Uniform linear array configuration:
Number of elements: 48
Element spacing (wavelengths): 0.5
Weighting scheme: uniform
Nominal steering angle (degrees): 0
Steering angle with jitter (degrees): -0.12
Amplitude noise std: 0.05
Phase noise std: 0.05

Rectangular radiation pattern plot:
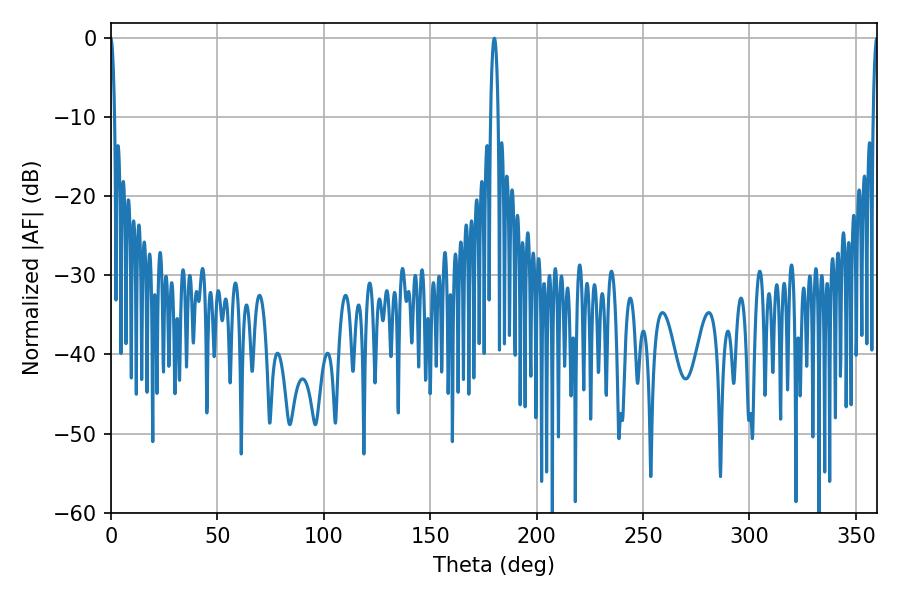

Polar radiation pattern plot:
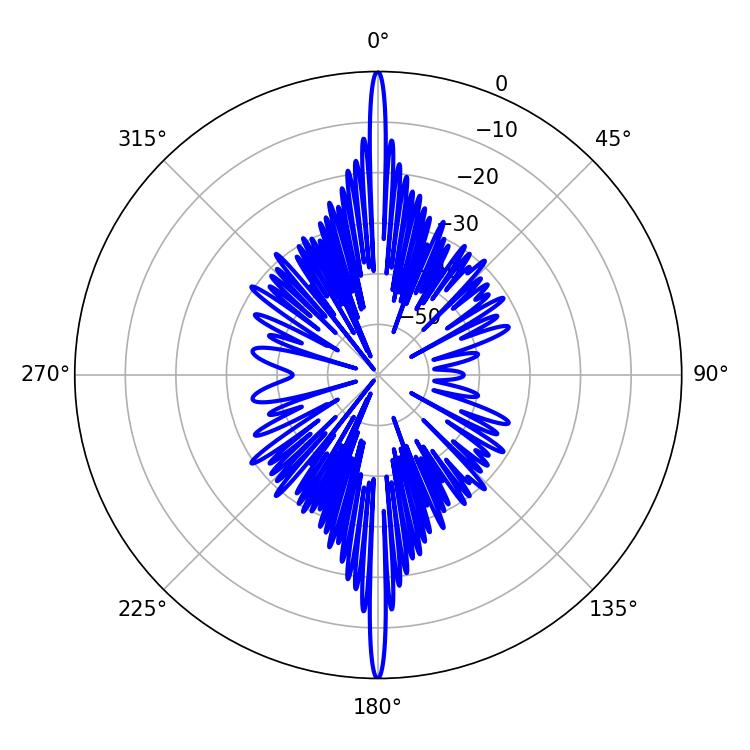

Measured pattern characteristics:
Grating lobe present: FALSE
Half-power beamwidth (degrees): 1.08
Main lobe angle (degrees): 359.82